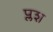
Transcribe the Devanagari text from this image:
प्लश